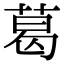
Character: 葛